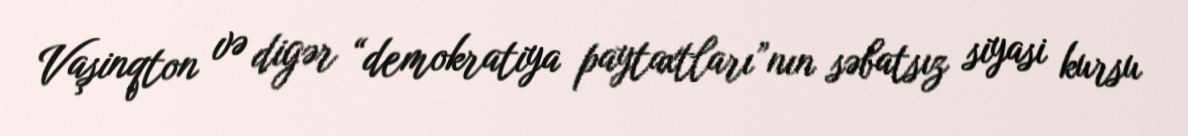
Vaşinqton və digər “demokratiya paytaxtları”nın səbatsız siyasi kursu